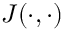
J ( \cdot , \cdot )